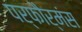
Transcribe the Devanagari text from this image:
पर्फौर्मंस